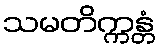
သမတိက္ကန္တံ